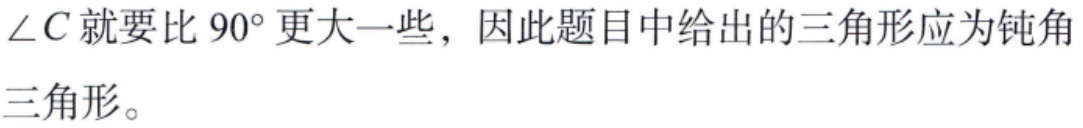
$\angle C$就要比$90^{\circ}$更大一些，因此题目中给出的三角形应为钝角三角形。